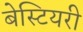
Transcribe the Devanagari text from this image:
बेस्टियरी